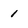
Character: 1